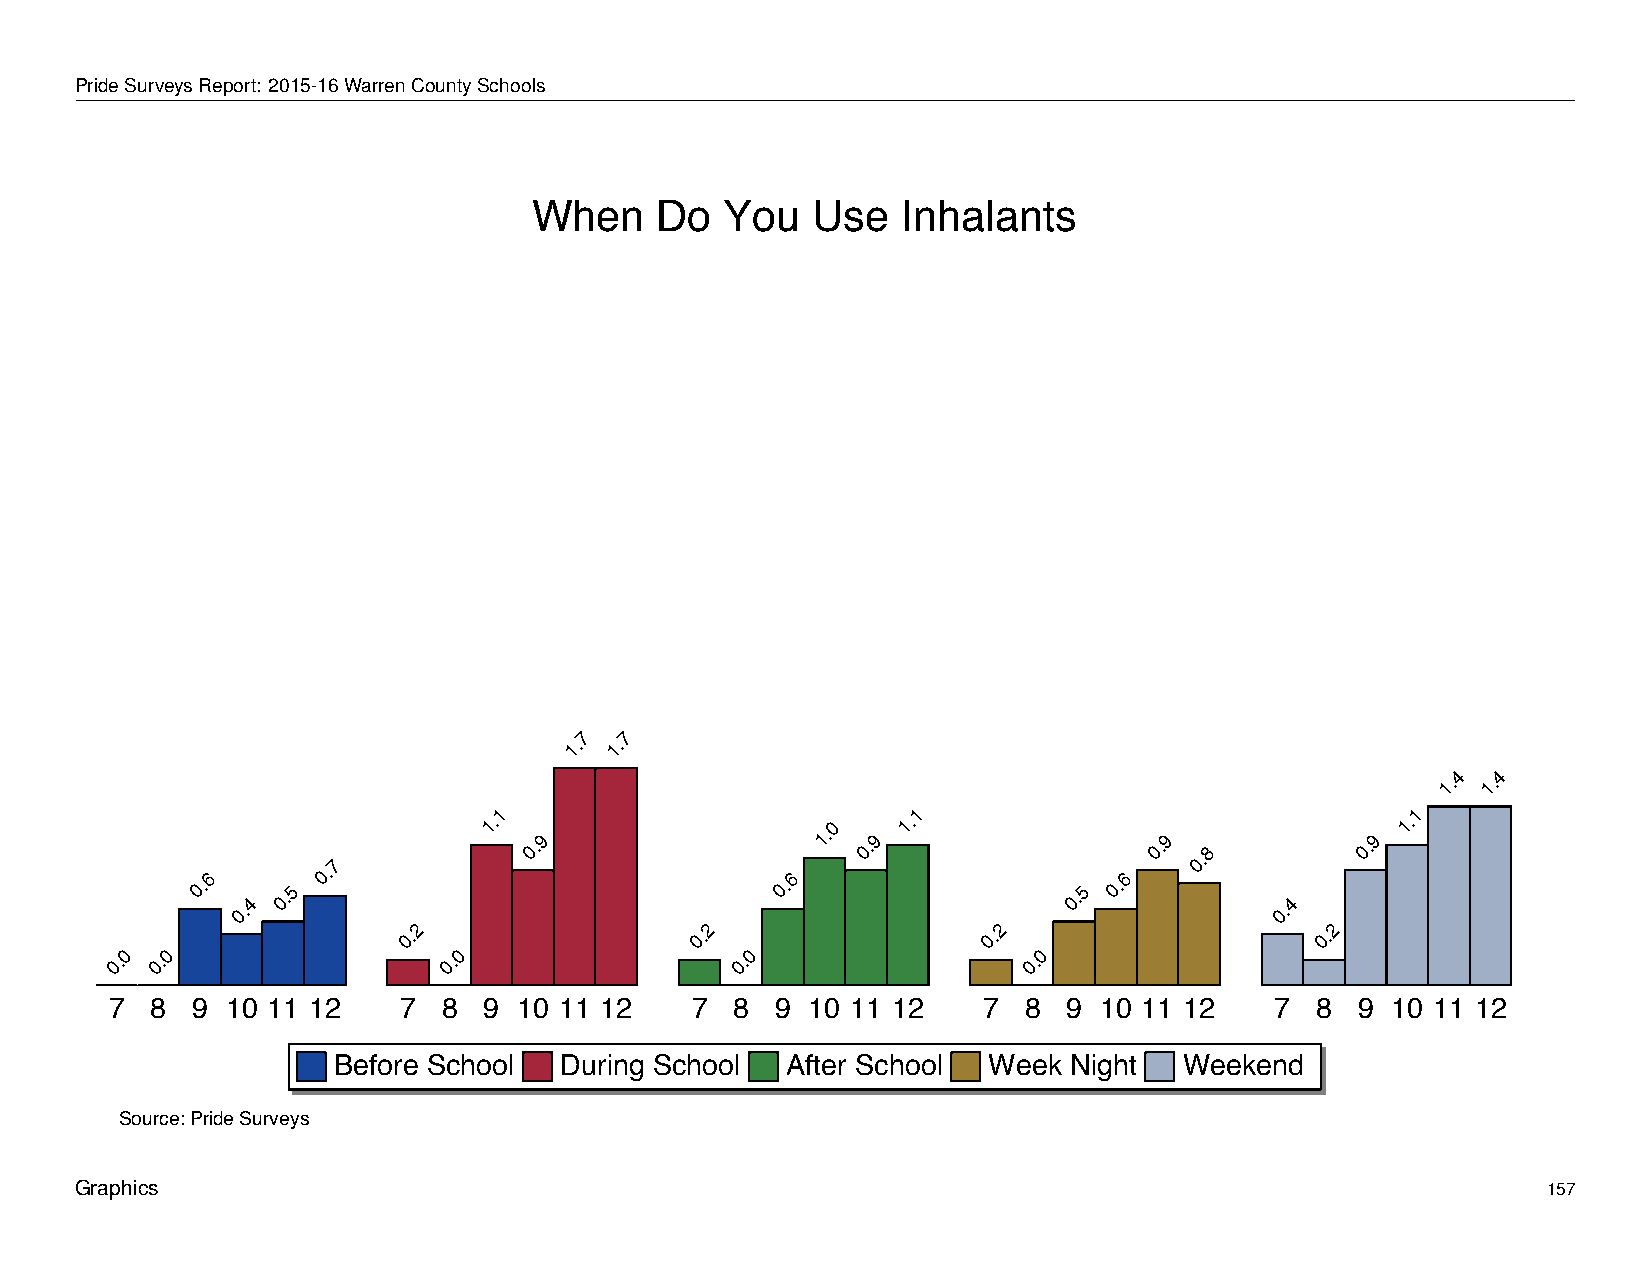
When         Do     You       Use      Inhalants
 PrideSurveysReport: 2015-16WarrenCountySchools
 When    Do   You   Use   Inhalants
 7  7
 1. 1.
 4  4
 1. 1.
 1                          1                                 1
 0.6
 0.4
 0.5
 0.7
 1.
 0.9
 0.6
 1.0
 0.9
 1.
 0.5
 0.6
 0.9
 0.8
 0.4
 0.9
 1.
 2                   2                  2                     2
 0.                 0.                 0.                    0.
 0  0                  0                  0                   0
 0. 0.                 0.                  0.                 0.
 7  8  9 10 11 12   7  8  9 10 11 12    7  8 9 10 11 12    7  8  9 10 11 12   7  8  9 10 11 12
 Before School  During School  After School Week  Night  Weekend
 Source: Pride Surveys
 Graphics                                                                                         157